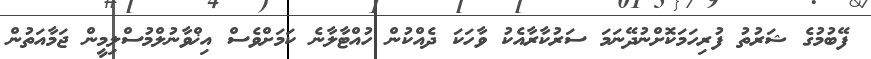
ފޭބުމުގެ ޝަރުތު ފުރިހަމަކޮށްނުދޭނަމަ ސަރުކާރާއެކު ވާހަކަ ދެއްކުން ހުއްޓާލާނެ ކަމަށްވެސް އިޚްވާނުލްމުސްލިމީން ޖަމާއަތުން